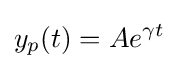
y_{p}(t)=Ae^{\gamma t}